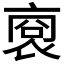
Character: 𧚞